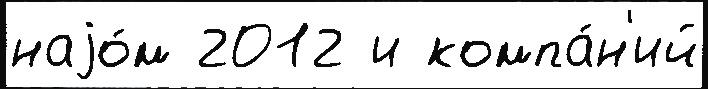
наjо́м 2012 и компа́н'ий